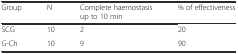
<table><thead><tr><td><b>Group</b></td><td><b>N</b></td><td><b>Complete haemostasis up to 10 min</b></td><td><b>% of effectiveness</b></td></tr></thead><tbody><tr><td>SCG</td><td>10</td><td>2</td><td>20</td></tr><tr><td>G-Ch</td><td>10</td><td>9</td><td>90</td></tr></tbody></table>